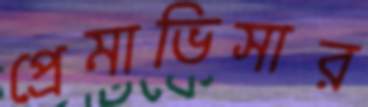
প্রেমাভিসার